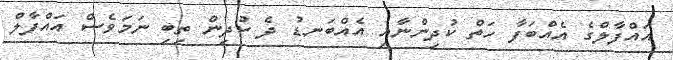
އައްފާލްގެ އެއްބަފާ ހަތް ކުދިންނާއި އެއްބަނޑު ދެ ކުދިން ތިބި ނަަމަވެސް އައްފާލް